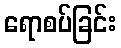
ရောစပ်ခြင်း